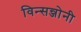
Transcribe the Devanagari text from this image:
विन्सन्जोनी